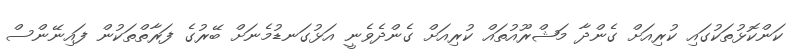
ކަންކޮޅުތަކުގައި ކުރިއަށް ގެންދާ މަޝްރޫއުތައް ކުރިއަށް ގެންދެވެނީ އަޅުގަނޑުމެނަށް ބޭރުގެ ފަރާތްތަކުން ފައިނޭންސް